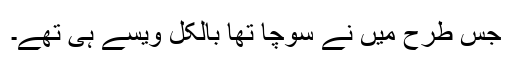
جس طرح میں نے سوچا تھا بالکل ویسے ہی تھے۔